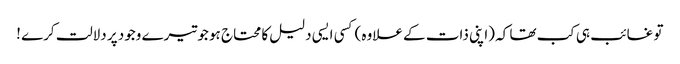
تو غائب ہی کب تھا کہ (اپنی ذات کے علاوہ) کسی ایسی دلیل کا محتاج ہو جو تیرے وجود پر دلالت کرے !